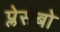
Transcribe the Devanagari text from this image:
प्लेसेबो